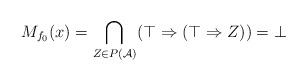
LaTeX: \begin{align*}M_{f_0}(x) = \bigcap_{Z\in P(\mathcal A)} (\top \Rightarrow (\top \Rightarrow Z)) = \bot \end{align*}